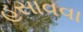
હસાવવા